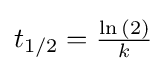
{\textstyle t_{1/2}={\frac {\ln {(2)}}{k}}}